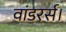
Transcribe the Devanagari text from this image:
वांडरर्स।